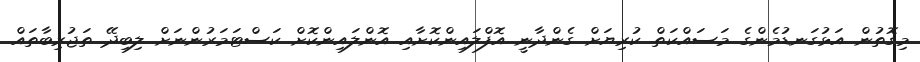
މިގޮތުން އަޅުގަނޑުމެންގެ މަސައްކަތް ކުރިޔަށް ގެންދާނީ އޮފްލައިންކޮށާއި އޮންލައިންކޮށް ކަސްޓަމަރުންނަށް ލިބިދޭ ތަޖުރިބާތައް